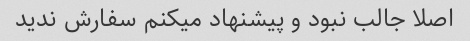
اصلا جالب نبود و پیشنهاد میکنم سفارش ندید